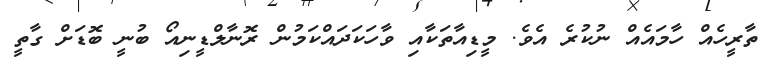
ތާރީހެއް ހާމައެއް ނުކުރެ އެވެ. މީޑިއާތަކާއި ވާހަކަދައްކަމުން ރޮނާލްޑީނިއޯ ބުނީ ބޮޑަށް ގާތީ